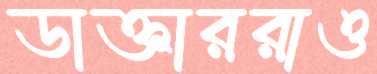
ডাক্তাররাও